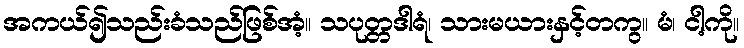
အကယ်၍သည်းခံသည်ဖြစ်အံ့။ သပုတ္တဒါရံ၊ သားမယားနှင့်တကွ။ မံ၊ ငါ့ကို။